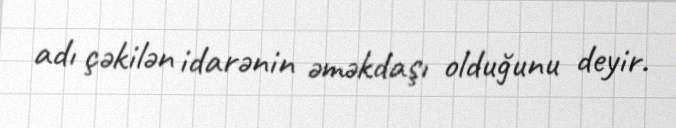
adı çəkilən idarənin əməkdaşı olduğunu deyir.